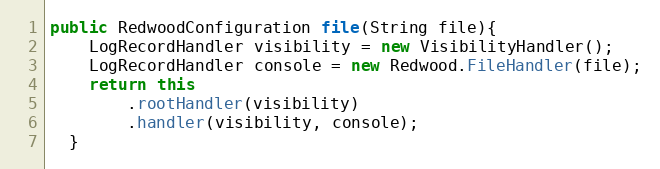
Language: Java
public RedwoodConfiguration file(String file){
    LogRecordHandler visibility = new VisibilityHandler();
    LogRecordHandler console = new Redwood.FileHandler(file);
    return this
        .rootHandler(visibility)
        .handler(visibility, console);
  }